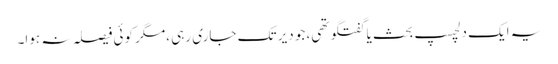
یہ ایک دلچسپ بحث یا گفتگو تھی، جو دیر تک جاری رہی ،مگر کوئی فیصلہ نہ ہوا۔